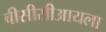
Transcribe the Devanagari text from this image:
बीसीसीआयला